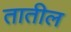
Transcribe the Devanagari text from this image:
तातील